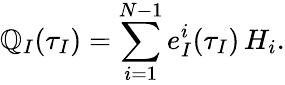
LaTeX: \mathbb{Q}_{I}(\tau_{I})=\sum_{i=1}^{N-1}e_{I}^{i}(\tau_{I})\, H_{i}.